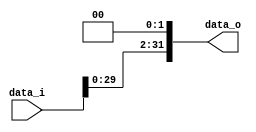
//Subject:      CO project 2 - Shift_Left_Two_32
//--------------------------------------------------------------------------------
//Version:     1
//--------------------------------------------------------------------------------
//Description: 0316056_g 0316038_@
//--------------------------------------------------------------------------------

module Shift_Left_Two_32(
    data_i,
    data_o
    );

//I/O ports                    
input [32-1:0] data_i;
output [32-1:0] data_o;

//Internal Signals
wire     [32-1:0] data_o;

//shift left 2
assign data_o = {data_i[29:0], 2'b00};
endmodule